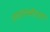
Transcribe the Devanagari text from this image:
उपपरामर्शदाता